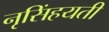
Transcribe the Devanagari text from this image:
नृसिंहयती